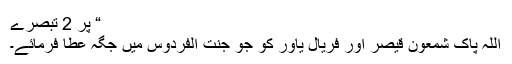
“ پر 2 تبصرے
اللہ پاک شمعون قیصر اور فریال یاور کو جو جنت الفردوس میں جگہ عطا فرمائے۔